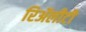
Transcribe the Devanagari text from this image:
रिॲलीटी